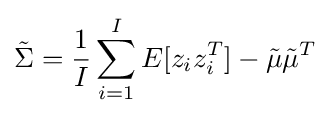
{\tilde {\Sigma }}={\frac {1}{I}}\sum _{i=1}^{I}E[z_{i}z_{i}^{T}]-{\tilde {\mu }}{\tilde {\mu }}^{T}